Note on the mental hospitals in Burma - 1925-1940
Year: 1925
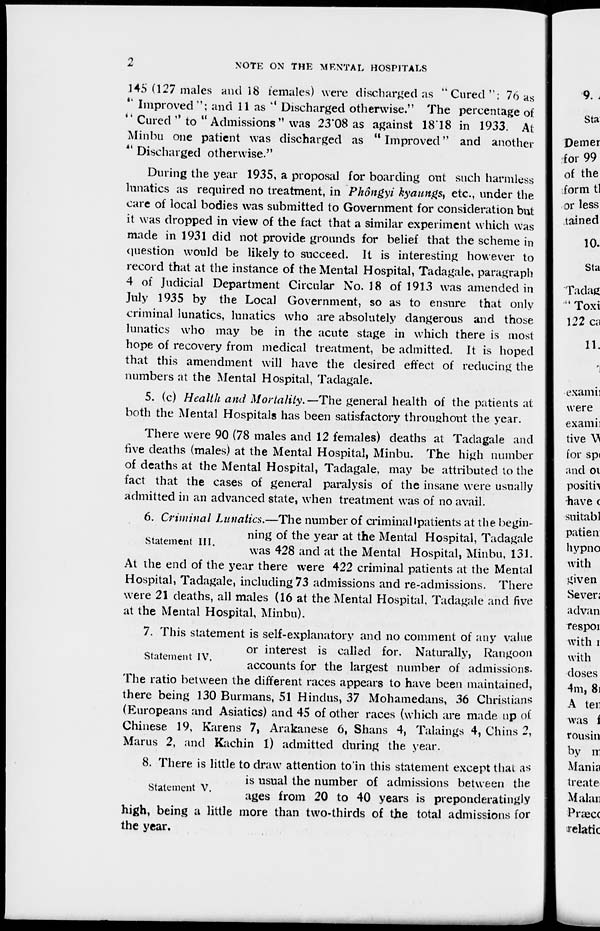
2
NOTE ON THE MENTAL HOSPITALS
145 (127 males and 18 females) were discharged as "Cured"; 76 as
'' Improved"; and 11 as '' Discharged otherwise." The percentage of
'' Cured " to " Admissions" was 23.08 as against 18.18 in 1933. At
Minbu one patient was discharged as " Improved" and another
" Discharged otherwise."
During the year 1935, a proposal for boarding out such harmless
lunatics as required no treatment, in Phôngyi kyaungs, etc., under the
care of local bodies was submitted to Government for consideration but
it was dropped in view of the fact that a similar experiment which was
made in 1931 did not provide grounds for belief that the scheme in
question would be likely to succeed. It is interesting however to
record that at the instance of the Mental Hospital, Tadagale, paragraph
4 of Judicial Department Circular No. 18 of 1913 was amended in
July 1935 by the Local Government, so as to ensure that only
criminal lunatics, lunatics who are absolutely dangerous and those
lunatics who may be in the acute stage in which there is most
hope of recovery from medical treatment, be admitted. It is hoped
that this amendment will have the desired effect of reducing the
numbers at the Mental Hospital, Tadagale.
5. (c) Health and Mortality.—The general health of the patients at
both the Mental Hospitals has been satisfactory throughout the year.
There were 90 (78 males and 12 females) deaths at Tadagale and
five deaths (males) at the Mental Hospital, Minbu. The high number
of deaths at the Mental Hospital, Tadagale, may be attributed to the
fact that the cases of general paralysis of the insane were usually
admitted in an advanced state, when treatment was of no avail.
Statement III.
6. Criminal Lunatics.—The number of criminal patients at the begin-
ning of the year at the Mental Hospital, Tadagale
was 428 and at the Mental Hospital, Minbu, 131.
At the end of the year there were 422 criminal patients at the Mental
Hospital, Tadagale, including 73 admissions and re-admissions. There
were 21 deaths, all males (16 at the Mental Hospital, Tadagale and five
at the Mental Hospital, Minbu).
Statement IV.
7. This statement is self-explanatory and no comment of any value
or interest is called for. Naturally, Rangoon
accounts for the largest number of admissions.
The ratio between the different races appears to have been maintained,
there being 130 Burmans, 51 Hindus, 37 Mohamedans, 36 Christians
(Europeans and Asiatics) and 45 of other races (which are made up of
Chinese 19, Karens 7, Arakanese 6, Shans 4, Talaings 4, Chins 2,
Marus 2, and Kachin 1) admitted during the year.
Statement V.
8. There is little to draw attention to in this statement except that as
is usual the number of admissions between the
ages from 20 to 40 years is preponderatingly
high, being a little more than two-thirds of the total admissions for
the year.